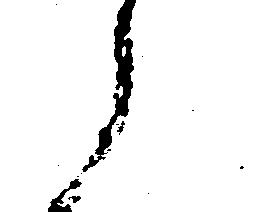
候